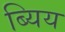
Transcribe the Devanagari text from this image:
ब्यिय